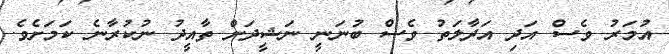
އުމަރު ވެސް އަދި އަދާލަތު ވެސް ބުނަނީ ނަޝީދަށް ތާއީދު ނުކުރާނެ ކަމަށެވެ.